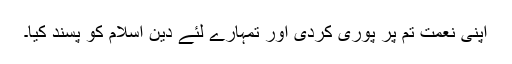
اپنی نعمت تم پر پوری کردی اور تمہارے لئے دین اسلام کو پسند کیا۔